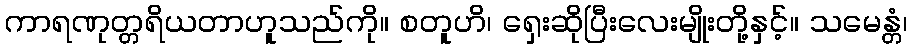
ကာရဏုတ္တရိယတာဟူသည်ကို။ စတူဟိ၊ ရှေးဆိုပြီးလေးမျိုးတို့နှင့်။ သမေန္တံ၊